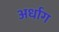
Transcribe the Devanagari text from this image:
अर्धाग